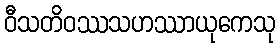
ဝီသတိဝဿသဟဿာယုကေသု